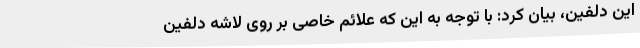
این دلفین، بیان کرد: با توجه به این که علائم خاصی بر روی لاشه دلفین